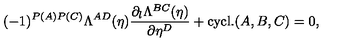
( - 1 ) ^ { P ( A ) P ( C ) } \Lambda ^ { A D } ( \eta ) \frac { \partial _ { l } \Lambda ^ { B C } ( \eta ) } { \partial \eta ^ { D } } + \mathrm { c y c l . } ( A , B , C ) = 0 ,